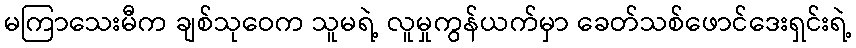
မကြာသေးမီက ချစ်သုဝေက သူမရဲ့ လူမှုကွန်ယက်မှာ ခေတ်သစ်ဖောင်ဒေးရှင်းရဲ့